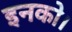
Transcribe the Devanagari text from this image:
इनको।